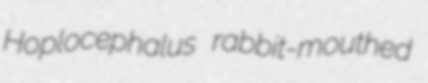
Hoplocephalus rabbit-mouthed